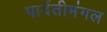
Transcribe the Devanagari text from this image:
पार्वतीमंगल